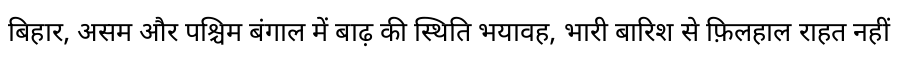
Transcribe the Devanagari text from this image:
बिहार, असम और पश्चिम बंगाल में बाढ़ की स्थिति भयावह, भारी बारिश से फ़िलहाल राहत नहीं